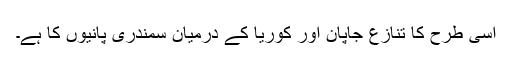
اسی طرح کا تنازع جاپان اور کوریا کے درمیان سمندری پانیوں کا ہے۔